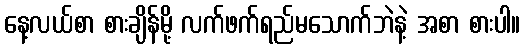
နေ့လယ်စာ စားချိန်မို့ လက်ဖက်ရည်မသောက်ဘဲနဲ့ အစာ စားပါ။